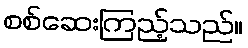
စစ်ဆေးကြည့်သည်။